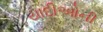
યાદીઓની